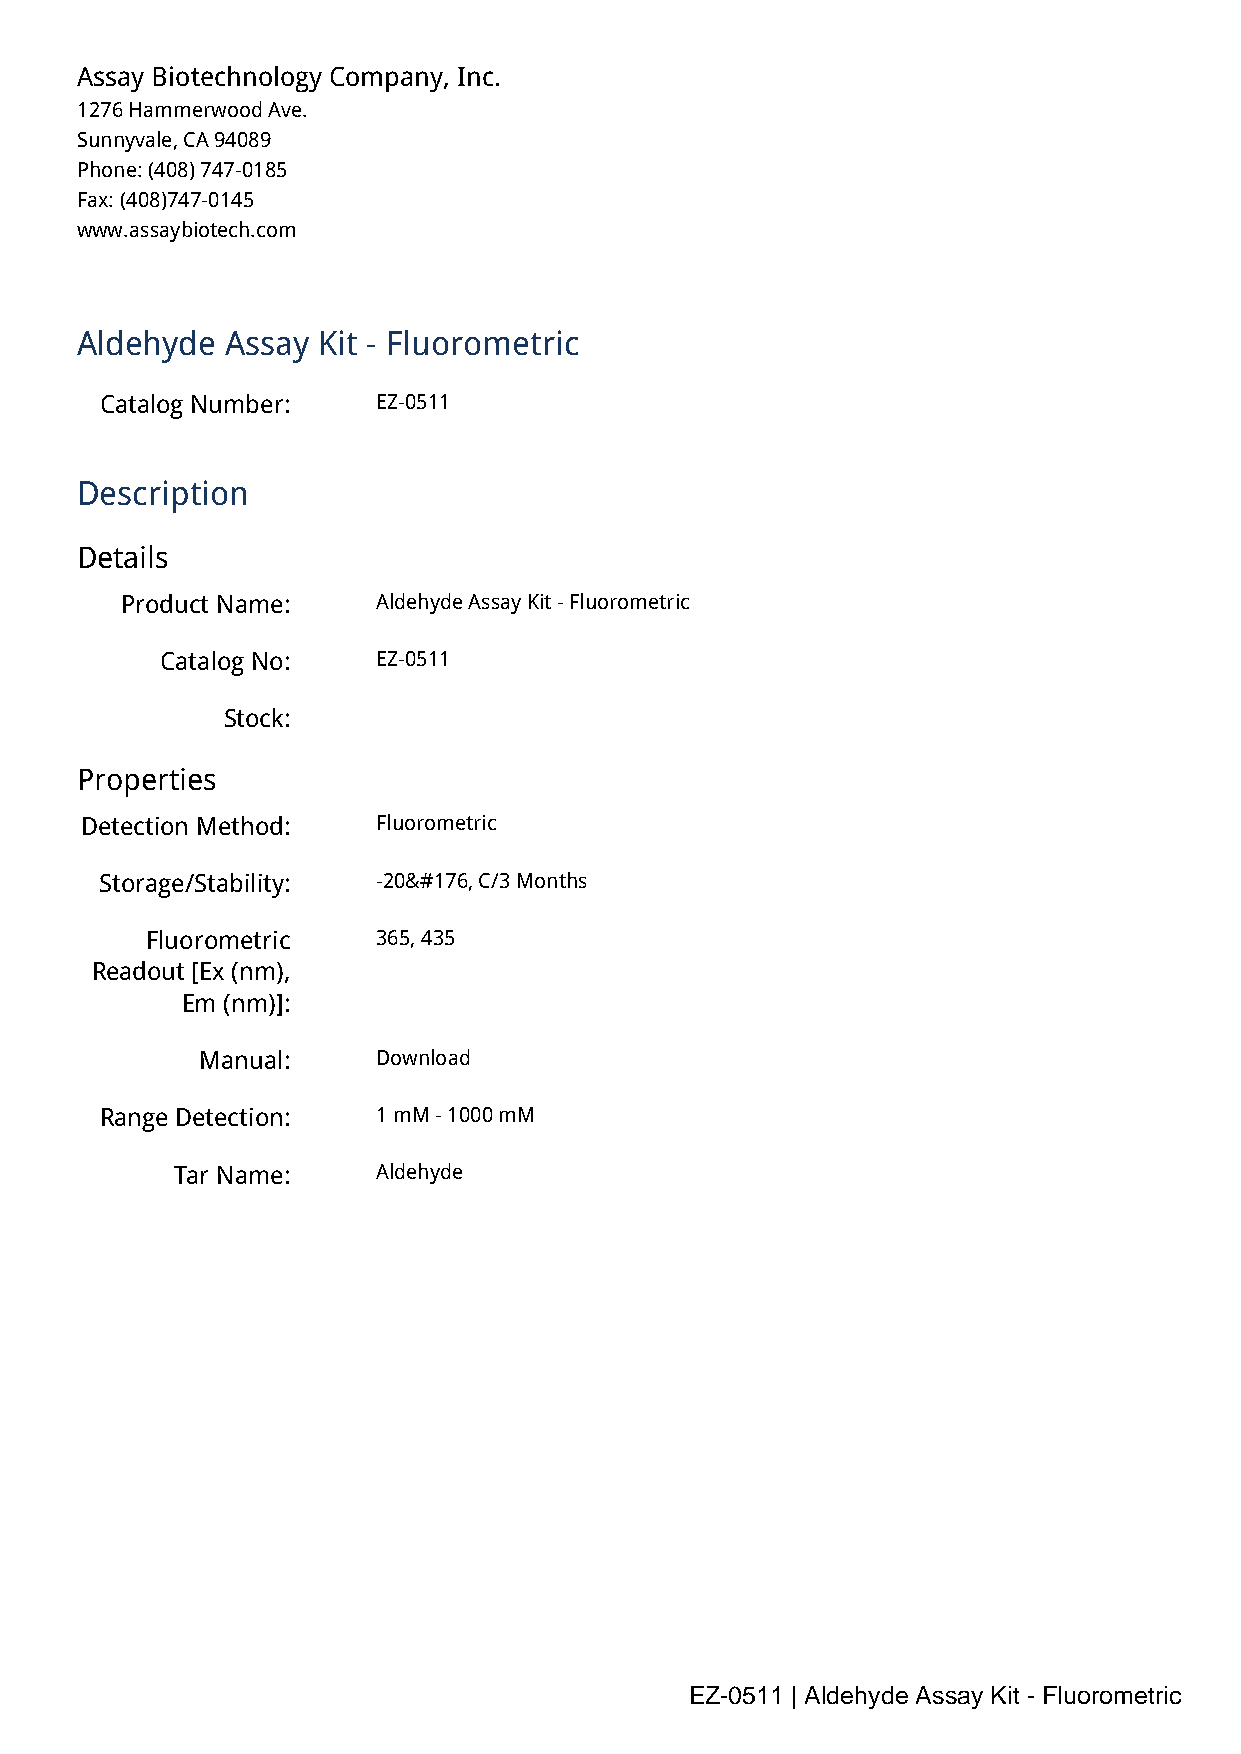
Assay Biotechnology Company, Inc.
 1276 Hammerwood Ave.
 Sunnyvale, CA 94089
 Phone: (408) 747-0185
 Fax: (408)747-0145
 www.assaybiotech.com
 Aldehyde  Assay Kit - Fluorometric
 Catalog Number:   EZ-0511
 Description
 Details
 Product Name:    Aldehyde Assay Kit - Fluorometric
 Catalog No:   EZ-0511
 Stock:
 Properties
 Detection Method:   Fluorometric
 Storage/Stability: -20&#176, C/3 Months
 Fluorometric   365, 435
 Readout [Ex (nm),
 Em (nm)]:
 Manual:     Download
 Range Detection:  1 mM - 1000 mM
 Tar Name:     Aldehyde
 EZ-0511 | Aldehyde Assay Kit - Fluorometric
 Powered by TCPDF (www.tcpdf.org)